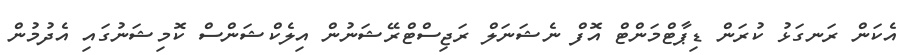
އެކަން ރަނގަޅު ކުރަން ޑިޕާޓްމަންޓް އޮފް ނެޝަނަލް ރަޖިސްޓްރޭޝަނުން އިލެކްޝަންސް ކޮމިޝަނުގައި އެދުމުން